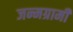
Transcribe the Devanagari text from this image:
जन्मग्रामी